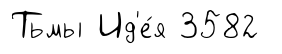
Тьмы Ид'е́я 3582